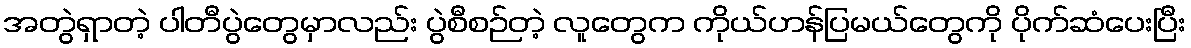
အတွဲရှာတဲ့ ပါတီပွဲတွေမှာလည်း ပွဲစီစဉ်တဲ့ လူတွေက ကိုယ်ဟန်ပြမယ်တွေကို ပိုက်ဆံပေးပြီး